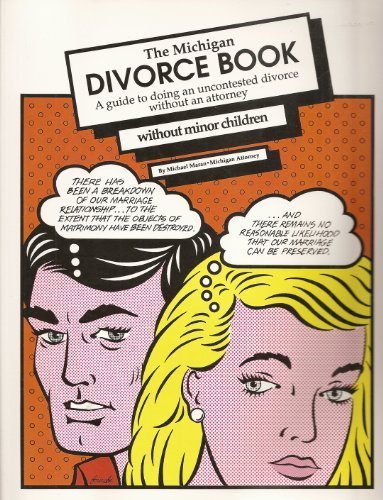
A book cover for The Michigan Divorce Book: A Guide to Doing an Uncontested Divorce Without an Attorney Without Minor Children (Michigan Divorce Book Without Minor Children); Michael Maran; Law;